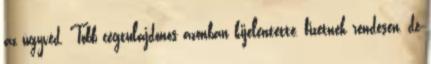
az ügyvéd. Több cégtulajdonos azonban kijelentette, fizetnek rendesen, de